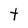
Character: t